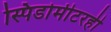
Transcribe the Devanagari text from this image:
स्पिडोमीटरही